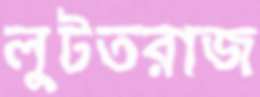
লুটতরাজ